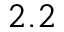
2 . 2